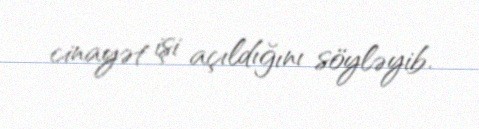
cinayət işi açıldığını söyləyib.